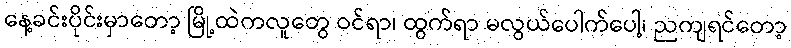
နေ့ခင်းပိုင်းမှာတော့ မြို့ထဲကလူတွေ ဝင်ရာ၊ ထွက်ရာ မလွယ်ပေါက်ပေါ့၊ ညကျရင်တော့